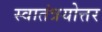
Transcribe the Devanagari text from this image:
स्वातंत्रयोत्तर